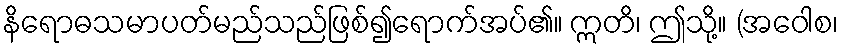
နိရောဓသမာပတ်မည်သည်ဖြစ်၍ရောက်အပ်၏။ ဣတိ၊ ဤသို့။ (အဝေါစ၊